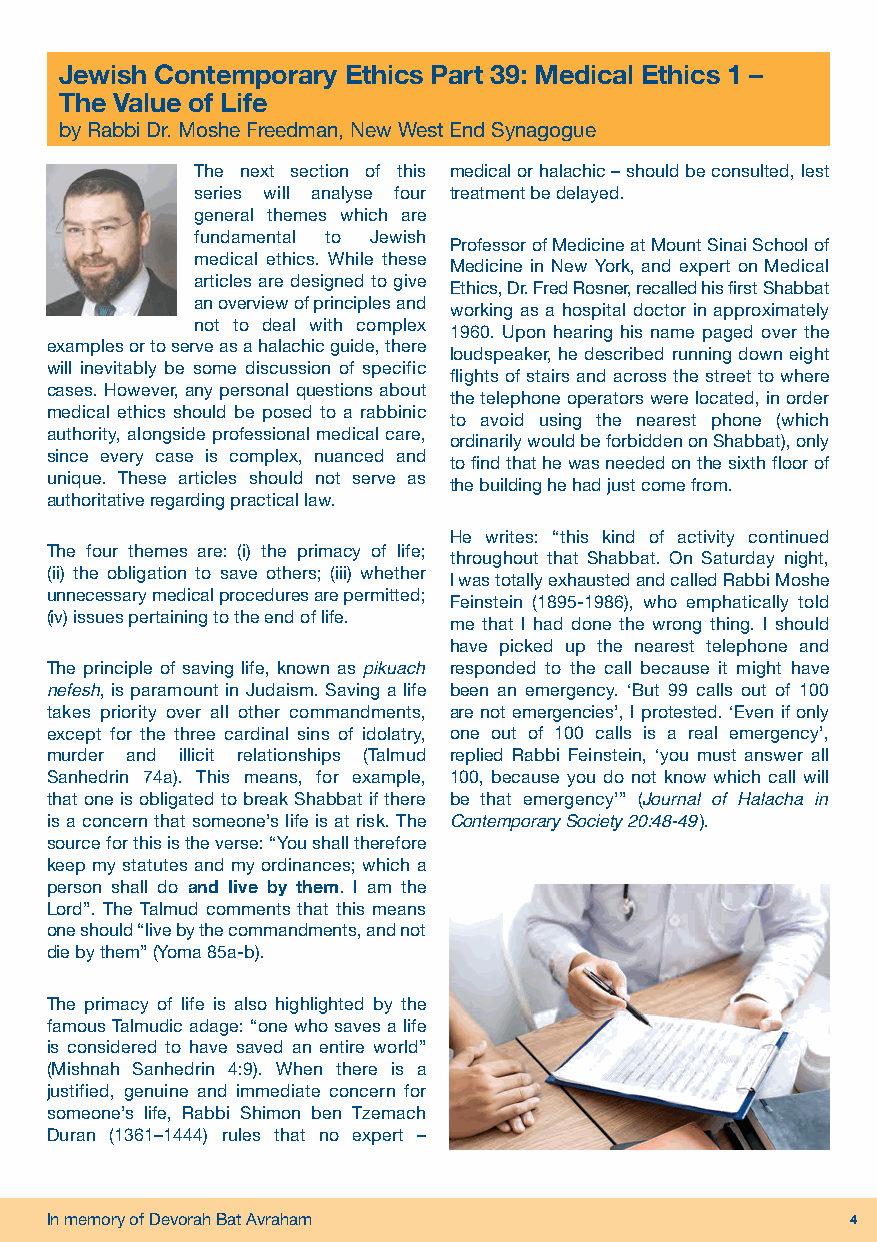
EIKEV Vol.31 No.51.qxp_Layout 1 12/08/2019 18:01 Page 4
 Jewish Contemporary Ethics Part 39: Medical Ethics 1 –
 The Value of Life
 by Rabbi Dr. Moshe Freedman, New West End Synagogue
 The next section of this medical or halachic – should be consulted, lest
 series will analyse four treatment be delayed.
 general themes which are
 fundamental to Jewish
 Professor of Medicine at Mount Sinai School of
 medical ethics. While these
 Medicine in New York, and expert on Medical
 articles are designed to give
 Ethics, Dr. Fred Rosner, recalled his first Shabbat
 an overview of principles and
 working as a hospital doctor in approximately
 not to deal with complex
 1960. Upon hearing his name paged over the
 examples or to serve as a halachic guide, there
 loudspeaker, he described running down eight
 will inevitably be some discussion of specific
 flights of stairs and across the street to where
 cases. However, any personal questions about
 the telephone operators were located, in order
 medical ethics should be posed to a rabbinic
 to avoid using the nearest phone (which
 authority, alongside professional medical care,
 ordinarily would be forbidden on Shabbat), only
 since every case is complex, nuanced and
 to find that he was needed on the sixth floor of
 unique. These articles should not serve as
 the building he had just come from.
 authoritative regarding practical law.
 He writes: “this kind of activity continued
 The four themes are: (i) the primacy of life;
 throughout that Shabbat. On Saturday night,
 (ii) the obligation to save others; (iii) whether
 I was totally exhausted and called Rabbi Moshe
 unnecessary medical procedures are permitted;
 Feinstein (1895-1986), who emphatically told
 (iv) issues pertaining to the end of life.
 me that I had done the wrong thing. I should
 have picked up the nearest telephone and
 The principle of saving life, known as pikuach responded to the call because it might have
 nefesh, is paramount in Judaism. Saving a life been an emergency. ‘But 99 calls out of 100
 takes priority over all other commandments, are not emergencies’, I protested. ‘Even if only
 except for the three cardinal sins of idolatry, one out of 100 calls is a real emergency’,
 murder and illicit relationships (Talmud replied Rabbi Feinstein, ‘you must answer all
 Sanhedrin 74a). This means, for example, 100, because you do not know which call will
 that one is obligated to break Shabbat if there be that emergency’” (Journal of Halacha in
 is a concern that someone’s life is at risk. The Contemporary Society 20:48-49).
 source for this is the verse: “You shall therefore
 keep my statutes and my ordinances; which a
 person shall do and live by them. I am the
 Lord”. The Talmud comments that this means
 one should “live by the commandments, and not
 die by them” (Yoma 85a-b).
 The primacy of life is also highlighted by the
 famous Talmudic adage: “one who saves a life
 is considered to have saved an entire world”
 (Mishnah Sanhedrin 4:9). When there is a
 justified, genuine and immediate concern for
 someone’s life, Rabbi Shimon ben Tzemach
 Duran (1361–1444) rules that no expert –
 In memory of Devorah Bat Avraham                     4